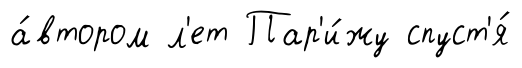
а́втором л'ет Пар'и́жу спуст'я́